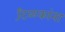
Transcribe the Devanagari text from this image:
टि़ळकांना